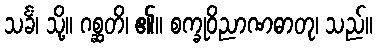
သင်္ခံ၊ သို့။ ဂစ္ဆတိ၊ ၏။ စက္ခုဝိညာဏဓာတု၊ သည်။